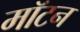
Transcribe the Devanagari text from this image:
मॉटन